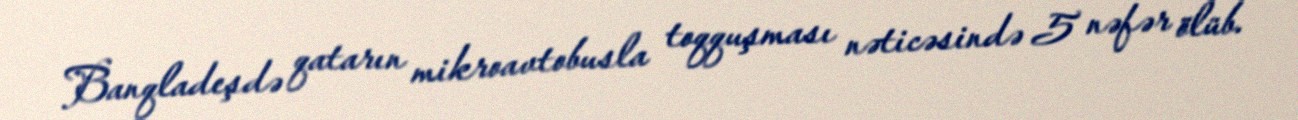
Banqladeşdə qatarın mikroavtobusla toqquşması nəticəsində 5 nəfər ölüb.